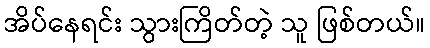
အိပ်နေရင်း သွားကြိတ်တဲ့ သူ ဖြစ်တယ်။